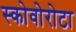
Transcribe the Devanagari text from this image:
स्कोवोरोटा